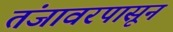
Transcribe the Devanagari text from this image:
तंजावरपासून